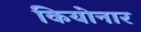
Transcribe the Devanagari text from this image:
कियोनार